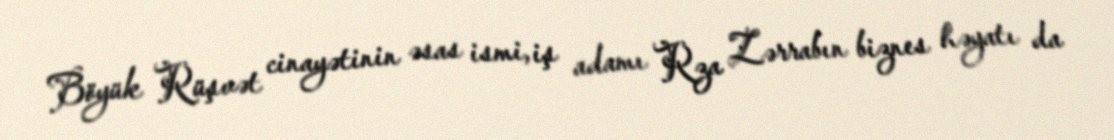
Böyük Rüşvət cinayətinin əsas ismi, iş adamı Rza Zərrabın biznes həyatı da